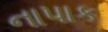
નાપાક